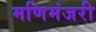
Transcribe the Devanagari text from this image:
मणिमंजरी